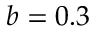
b = 0 . 3